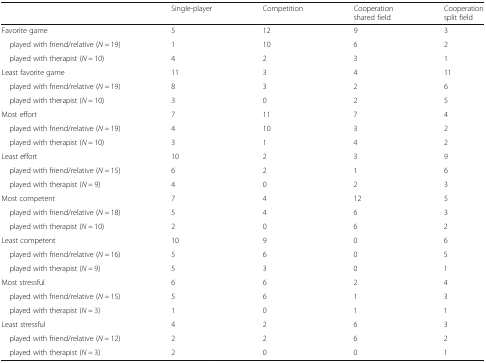
|  | Single-player | Competition | Cooperationshared field | Cooperationsplit field |
 | --- | --- | --- | --- | --- |
 | Favorite game | 5 | 12 | 9 | 3 |
 | played with friend/relative (N = 19) | 1 | 10 | 6 | 2 |
 | played with therapist (N = 10) | 4 | 2 | 3 | 1 |
 | Least favorite game | 11 | 3 | 4 | 11 |
 | played with friend/relative (N = 19) | 8 | 3 | 2 | 6 |
 | played with therapist (N = 10) | 3 | 0 | 2 | 5 |
 | Most effort | 7 | 11 | 7 | 4 |
 | played with friend/relative (N = 19) | 4 | 10 | 3 | 2 |
 | played with therapist (N = 10) | 3 | 1 | 4 | 2 |
 | Least effort | 10 | 2 | 3 | 9 |
 | played with friend/relative (N = 15) | 6 | 2 | 1 | 6 |
 | played with therapist (N = 9) | 4 | 0 | 2 | 3 |
 | Most competent | 7 | 4 | 12 | 5 |
 | played with friend/relative (N = 18) | 5 | 4 | 6 | 3 |
 | played with therapist (N = 10) | 2 | 0 | 6 | 2 |
 | Least competent | 10 | 9 | 0 | 6 |
 | played with friend/relative (N = 16) | 5 | 6 | 0 | 5 |
 | played with therapist (N = 9) | 5 | 3 | 0 | 1 |
 | Most stressful | 6 | 6 | 2 | 4 |
 | played with friend/relative (N = 15) | 5 | 6 | 1 | 3 |
 | played with therapist (N = 3) | 1 | 0 | 1 | 1 |
 | Least stressful | 4 | 2 | 6 | 3 |
 | played with friend/relative (N = 12) | 2 | 2 | 6 | 2 |
 | played with therapist (N = 3) | 2 | 0 | 0 | 1 |